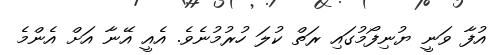
އުފާ ވަނީ ޔުނިފޯމުގައި ރަތް ކުލަ ހުރުމުނެވެ. އެއީ އޭނާ އަށް އެންމެ